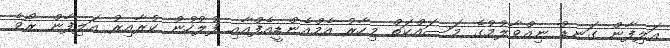
އަލިފާން ގަނޑު ނިއްވާލުމުގެ މަސައްކަތް މިހާރު އެމްއެންޑީއެފްއާއި ފުލުހުން ކުރާއިރު އަލިފާން ރޯވެ